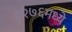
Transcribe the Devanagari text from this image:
१२७६मध्ये